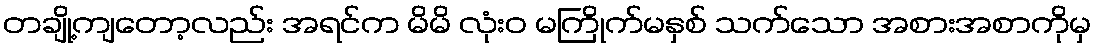
တချို့ကျတော့လည်း အရင်က မိမိ လုံးဝ မကြိုက်မနှစ် သက်သော အစားအစာကိုမှ